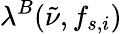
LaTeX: \lambda^{B}(\tilde{\nu},f_{s,i})